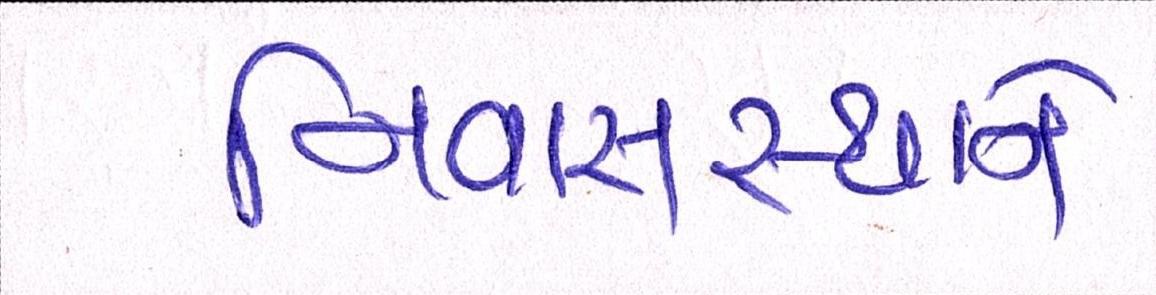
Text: નિવાસસ્થાને